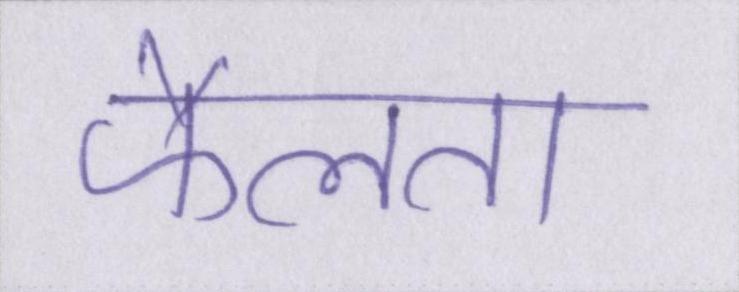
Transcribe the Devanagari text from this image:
फैलता